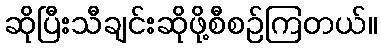
ဆိုပြီးသီချင်းဆိုဖို့စီစဉ်ကြတယ်။